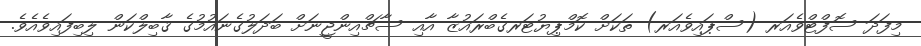
މިފަދަ ސޮފްޓްވެއަރ (ސްޕައިވެއަރ) ތަކަށް ކޮމްޕިޔުޓަރގެބްރައުޒާ އާއި ސާޗްއިންޖީނަށް ބަދަލުގެނައުމުގެ ޤާބިލްކަން ލިބިފައިވެއެވެ.